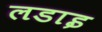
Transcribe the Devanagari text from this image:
लडाइ